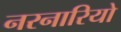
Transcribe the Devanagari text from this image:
नरनारियो